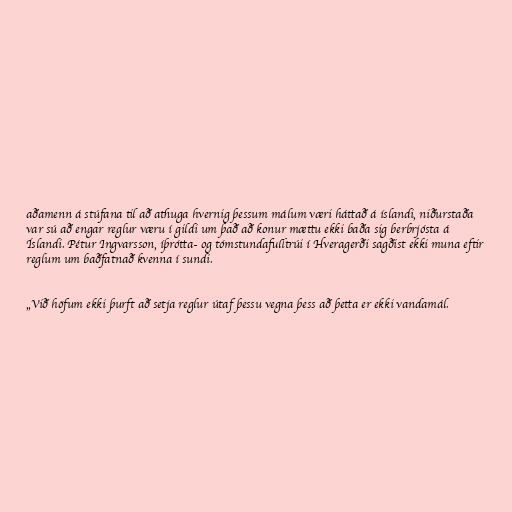
aðamenn á stúfana til að athuga hvernig þessum málum væri háttað á íslandi, niðurstaða
var sú að engar reglur væru í gildi um það að konur mættu ekki baða sig berbrjósta á
Íslandi. Pét­ur Ingvars­son, íþrótta- og tóm­stunda­full­trúi í Hvera­gerði sagðist ekki muna eftir
reglum um baðfatnað kvenna í sundi.

„Við höf­um ekki þurft að setja regl­ur útaf þessu vegna þess að þetta er ekki vanda­mál.